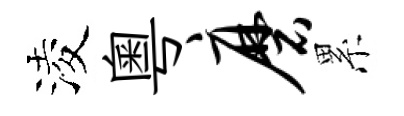
淩粵磨累